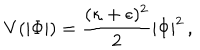
V ( | \Phi | ) = { \frac { ( \kappa + \epsilon ) ^ { 2 } } { 2 } } | \Phi | ^ { 2 } \, ,